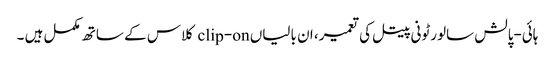
ہائی-پالش سالورٹونی پیتل کی تعمیر، ان بالیاں clip-on کلاس کے ساتھ مکمل ہیں ۔